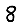
Digit: 8